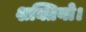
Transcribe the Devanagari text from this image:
शक्तियो।